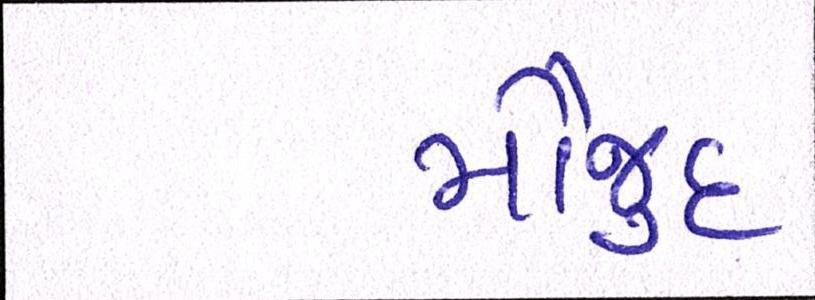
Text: મૌજુદ